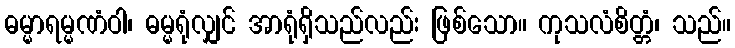
ဓမ္မာရမ္မဏံဝါ၊ ဓမ္မရုံလျှင် အာရုံရှိသည်လည်း ဖြစ်သော။ ကုသလံစိတ္တံ၊ သည်။